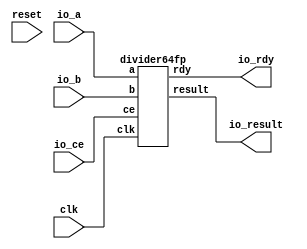
// ==============================================================
// File generated by Vivado(TM) HLS - High-Level Synthesis from C, C++ and SystemC
// Version: 2012.2
// Copyright (C) 2012 Xilinx Inc. All rights reserved.
// 
// ==============================================================

`timescale 1 ns / 1 ps
module types_float_double_grp_fu_100_ACMP_ddiv_4_io(
    clk,
    reset,
    io_ce,
    io_rdy,
    io_a,
    io_b,
    io_result);

input clk;
input reset;
input io_ce;
output io_rdy;
input[64 - 1:0] io_a;
input[64 - 1:0] io_b;
output[64 - 1:0] io_result;

divider64fp m(
    .clk(clk),
    .ce(io_ce),
    .rdy(io_rdy),
    .a(io_a),
    .b(io_b),
    .result(io_result));


endmodule

module divider64fp(
    clk,
    ce,
    rdy,
    a,
    b,
    result);

input clk;
input ce;
output rdy;
input[64 - 1:0] a;
input[64 - 1:0] b;
output[64 - 1:0] result;


//assign result = a + b;
//ACMP_ddiv #(
//.ID( ID ),
//.NUM_STAGE( 59 ),
//.din0_WIDTH( din0_WIDTH ),
//.din1_WIDTH( din1_WIDTH ),
//.dout_WIDTH( dout_WIDTH ))
//ACMP_ddiv_U(
//    .clk( clk ),
//    .reset( reset ),
//    .ce( ce ),
//    .din0( din0 ),
//    .din1( din1 ),
//    .dout( dout ));

endmodule